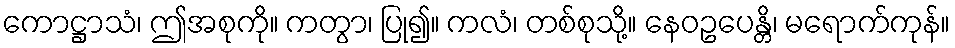
ကောဋ္ဌာသံ၊ ဤအစုကို။ ကတွာ၊ ပြု၍။ ကလံ၊ တစ်စုသို့။ နေဝဥပေန္တိ၊ မရောက်ကုန်။